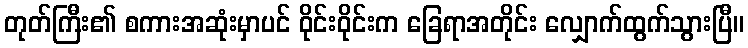
တုတ်ကြီး၏ စကားအဆုံးမှာပင် ဝိုင်းဝိုင်းက ခြေရာအတိုင်း လျှောက်ထွက်သွားပြီ။